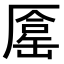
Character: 𠪦